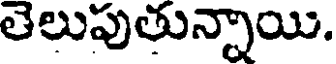
తెలుపుతున్నాయి.